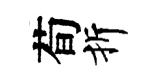
荀折